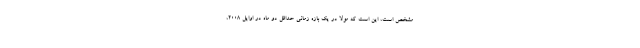
مشخص است، این است که مولا در یک بازه زمانی حداقل دو ماه در اوایل ۲۰۰۸،